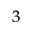
_ { 3 }